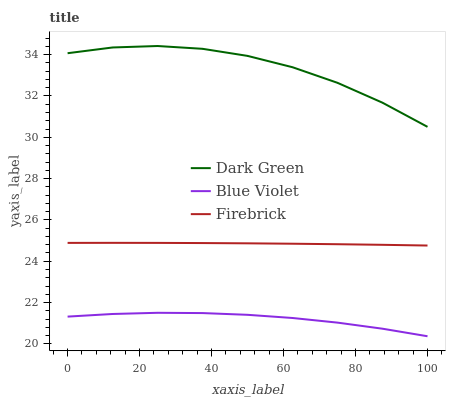
| xaxis_label | Dark Green | Blue Violet | Firebrick |
 | --- | --- | --- | --- |
 | 0 | 34.1 | 21.3 | 24.9 |
 | 12.5 | 34.3 | 21.4 | 24.9 |
 | 25 | 34.4 | 21.5 | 24.9 |
 | 37.5 | 34.3 | 21.5 | 24.9 |
 | 50 | 33.9 | 21.4 | 24.9 |
 | 62.5 | 33.4 | 21.3 | 24.8 |
 | 75 | 32.6 | 21 | 24.8 |
 | 87.5 | 31.7 | 20.7 | 24.8 |
 | 100 | 30.5 | 20.4 | 24.8 |